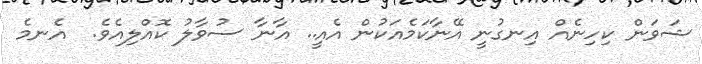
ޝަވަން ކިހިނެއް އިނގުނީ އޭނާކަމެއަކުން އެއީ.. އާނާ ސުވާލު ކޮއްލިއެވެ.  އެނމެ